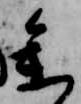
参